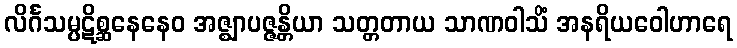
လိင်္ဂသမ္ပဋိစ္ဆနေနေဝ အဇ္ဈာပဇ္ဇန္တိယာ သတ္တတာယ သာဏဝါသိံ အနရိယဝေါဟာရေ